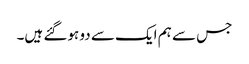
جس سے ہم ایک سے دو ہوگئے ہیں۔